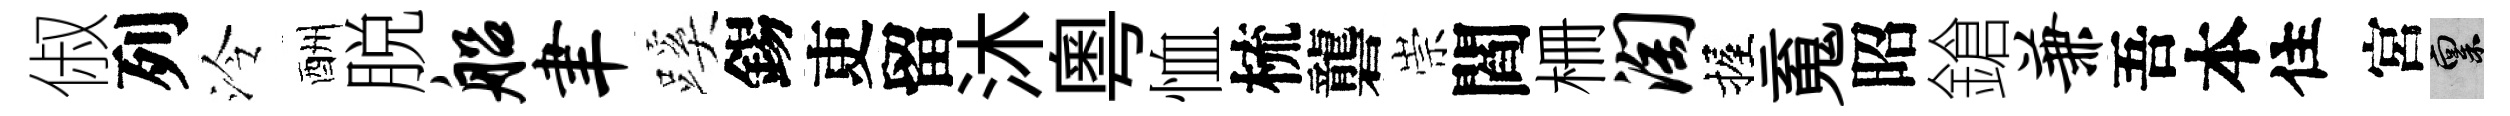
俶列泠酬脱船聿蹊錫吏留沐粵恤梳礱崇閻栅淘握䰟昭鎗兼吾本住宮禀